Indian journal of veterinary science and animal husbandry - Volume 7,
Year: 1937
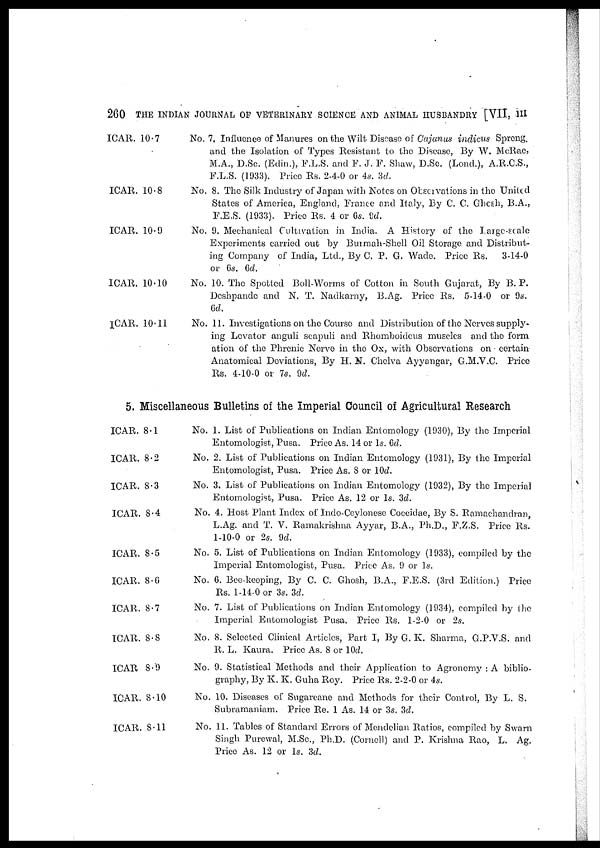
260 THE INDIAN JOURNAL OF VETERINARY SCIENCE AND ANIMAL HUSBANDRY [VII, III
ICAR. 10.7
ICAR. 10.8
ICAR. 10.9
ICAR. 10.10
ICAR. 10.11
No. 7. Influence of Manures on the Wilt Disease of Cajanus indicus Spreng.
and the Isolation of Types Resistant to the Disease, By W. McRae,
M.A., D.Sc. (Edin.), F.L.S. and F. J. F. Shaw, D.Sc. (Lond.), A.R.C.S.,
F.L.S. (1933). Price Rs. 2-4-0 or 4s. 3d.
No. 8. The Silk Industry of Japan with Notes on Observations in the United
States of America, England, France and Italy, By C. C. Ghosh, B.A.,
F.E.S. (1933). Price Rs. 4 or 6s. 8d.
No. 9. Mechanical Cultivation in India. A History of the Large-scale
Experiments carried out by Burmah-Shell Oil Storage and Distribut-
ing Company of India, Ltd., By C. P. G. Wade. Price Rs.
3-14-0
or 6s. 6d.
No. 10. The Spotted Boll-Worms of Cotton in South Gujarat, By B. P.
Deshpande and N. T. Nadkarny, B.Ag. Price Rs. 5-14-0 or 9s.
6d.
No. 11. Investigations on the Course and Distribution of the Nerves supply-
ing Levator anguli scapuli and Rhomboideus muscles and the form
ation of the Phrenic Nerve in the Ox, with Observations on certain
Anatomical Deviations, By H. N. Chelva Ayyangar, G.M.V.C. Price
Rs. 4-10-0 or 7s. 9d.
5. Miscellaneous Bulletins of the Imperial Council of Agricultural Research
ICAR. 8.1
ICAR. 8.2
ICAR. 8.3
ICAR. 8.4
ICAR. 8.5
ICAR. 8.6
ICAR. 8.7
ICAR. 8.8
ICAR 8.9
ICAR. 8.10
ICAR. 8.11
No. 1. List of Publications on Indian Entomology (1930), By the Imperial
Entomologist, Pusa. Price As. 14 or 1s. 6d.
No. 2. List of Publications on Indian Entomology (1931), By the Imperial
Entomologist, Pusa. Price As. 8 or 10d.
No. 3. List of Publications on Indian Entomology (1932), By the Imperial
Entomologist, Pusa. Price As. 12 or 1s. 3d.
No. 4. Host Plant Index of Indo-Ceylonese Coccidae, By S. Ramachandran,
L.Ag. and T. V. Ramakrishna Ayyar, B.A., Ph.D., F.Z.S. Price Rs.
1-10-0 or 2s. 9d.
No. 5. List of Publications on Indian Entomology (1933), compiled by the
Imperial Entomologist, Pusa. Price As. 9 or 1s.
No. 6. Bee-keeping, By C. C. Ghosh, B.A., F.E.S. (3rd Edition.) Price
Rs. 1-14-0 or 3s. 3d.
No. 7. List of Publications on Indian Entomology (1934), compiled by the
Imperial Entomologist Pusa. Price Rs. 1-2-0 or 2s.
No. 8. Selected Clinical Articles, Part I, By G. K. Sharma, G.P.V.S. and
R. L. Kaura. Price As. 8 or 10d.
No. 9. Statistical Methods and their Application to Agronomy : A biblio-
graphy, By K. K. Guha Roy. Price Rs. 2-2-0 or 4s.
No. 10. Diseases of Sugarcane and Methods for their Control, By L. S.
Subramaniam. Price Re. 1 As. 14 or 3s. 3d.
No. 11. Tables of Standard Errors of Mendelian Ratios, compiled by Swarn
Singh Purewal, M.Sc., Ph.D. (Cornell) and P. Krishna Rao, L. Ag.
Price As. 12 or 1s. 3d.